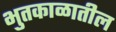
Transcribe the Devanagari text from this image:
भुतकाळातील